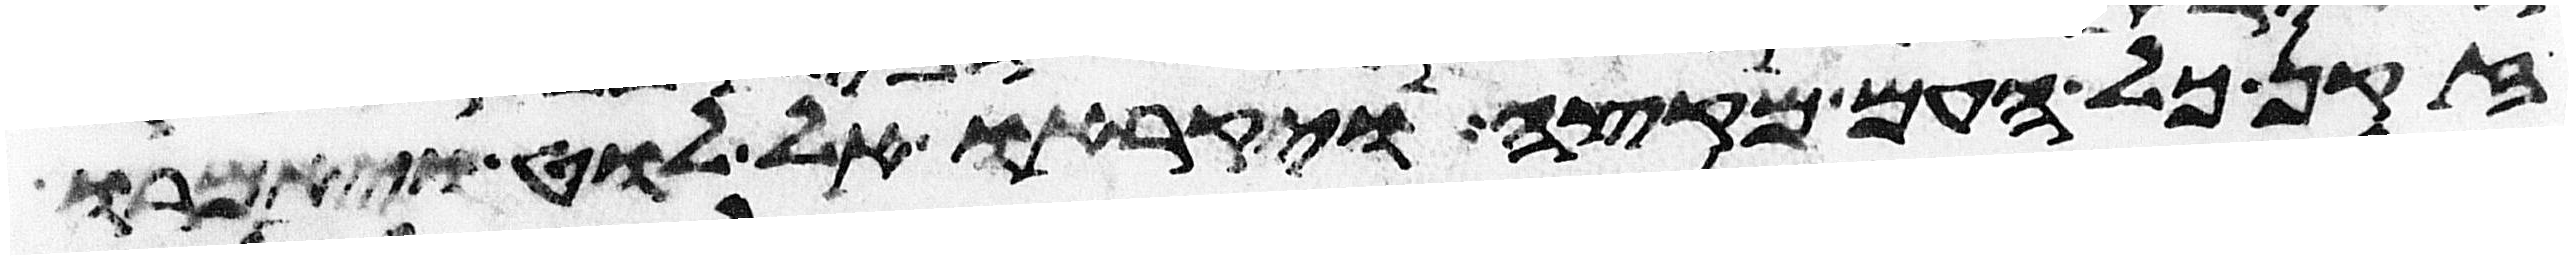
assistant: זקן כל העם מקצה ויקראו אל לוט ויאמרו